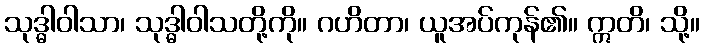
သုဒ္ဓါဝါသာ၊ သုဒ္ဓါဝါသတို့ကို။ ဂဟိတာ၊ ယူအပ်ကုန်၏။ ဣတိ၊ သို့။